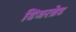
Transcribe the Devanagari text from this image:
डिंजरब्रेड